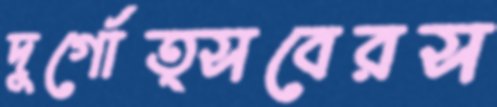
দুর্গোত্সবেরস